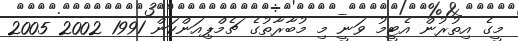
މީގެ އިތުރުން އެޓީމު ވަނީ މި މުބާރާތުގެ ޗެމްޕިއަންކަން 1991 2002 2005